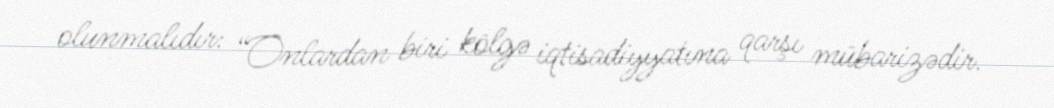
olunmalıdır: “Onlardan biri kölgə iqtisadiyyatına qarşı mübarizədir.